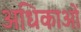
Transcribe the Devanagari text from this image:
अधिकाओं